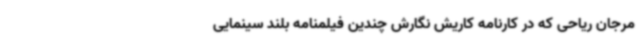
مرجان ریاحی که در کارنامه کاریش نگارش چندین فیلمنامه بلند سینمایی